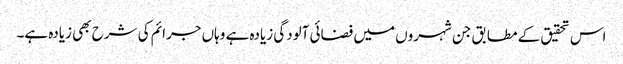
اس تحقیق کے مطابق جن شہروں میں فضائی آلودگی زیادہ ہے وہاں جرائم کی شرح بھی زیادہ ہے۔